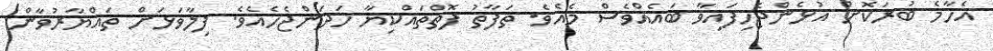
އެހާމެ ބުރަކޮށް އުޅެންޖެހިފައިވާ ބައެއްވެސް މެއެވެ. ތަފާތު ފޮތްތައްކިޔާ ހަދަންޖެހެއެވެ. ފިލާވަޅަށް ތައްޔާރުވާން